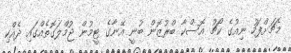
މެޗަށްފަހު ނިއުގެ ކޯޗު އޮސްކާ ބްރުޒޮން ބުނީ އޭނާގެ ޓީމުން ޖުމްލަގޮތެއްގައި ދެއްކި